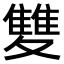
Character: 𩀱